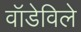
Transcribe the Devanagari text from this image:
वॉडेविले